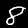
Label: 8